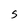
Character: S